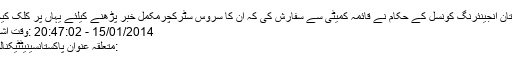
پاکستان انجینئرنگ کونسل کے حکام نے قائمہ کمیٹی سے سفارش کی کہ ان کا سروس سٹرکچرمکمل خبر پڑھنے کیلئے یہاں پر کلک کیجئے
15/01/2014 - 20:47:02 :وقت اشاعت
:متعلقہ عنوان پاکستانسینیٹٹیکنالوجی